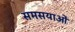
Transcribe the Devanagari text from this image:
समसयाओं